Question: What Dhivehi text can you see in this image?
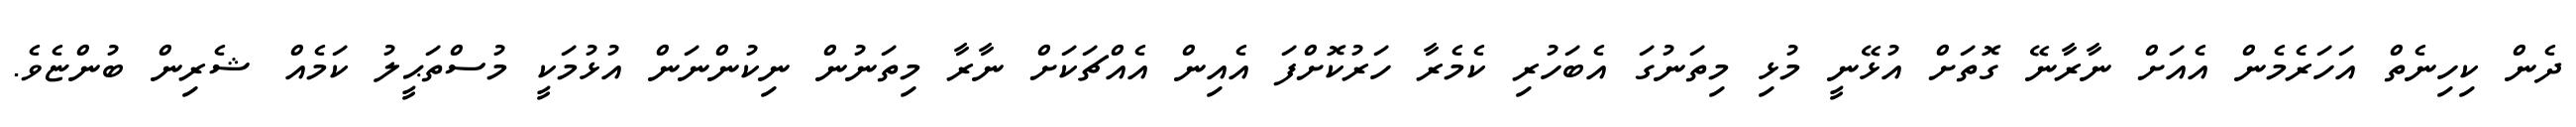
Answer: ދެން ކިހިނެތް އަހަރެމެން އެއަށް ނާރާނޭ ގޮތަށް އުޅޭނީ މުޅި މިތަނުގަ އެބަހުރި ކެމެރާ ހަރުކޮށްފަ އެއިން އެއްޗަކަށް ނާރާ މިތަނުން ނިކުންނަން އުޅުމަކީ މުސްތަޙީލު ކަމެއް ޝެރިން ބުންޏެވެ.